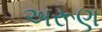
અરૂણ